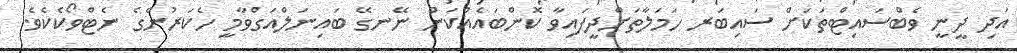
އަދި ދީނީ ވެބްސައިޓްތަކަށް ސައިބަރ ހަމަލާތަށްދީފައިވާ ކޮންބައެއްކަން ނޭނގޭ ބައިނަލްއަގްވާމީ ހެކަރުންގެ ނެޓްވޯކެކެވެ.